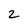
Character: 2